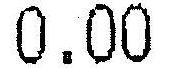
0.00